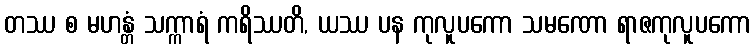
တဿ စ မဟန္တံ သက္ကာရံ ကရိဿတိ, ယဿ ပန ကုလူပကော သမဏော ရာဇကုလူပကော